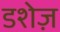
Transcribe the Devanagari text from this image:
डशेज़